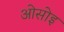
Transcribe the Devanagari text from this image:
ओसोइ